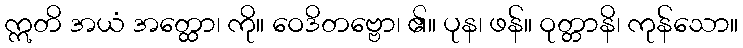
ဣတိ အယံ အတ္ထော၊ ကို။ ဝေဒိတဗ္ဗော၊ ၏။ ပုန၊ ဖန်။ ဝုတ္တာနိ၊ ကုန်သော။